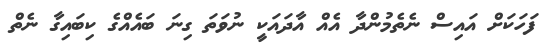
ފަހަކަށް އައިސް ނެތެމުންދާ އެއް އާދައަކީ ނުވަތަ ގިނަ ބައެއްގެ ކިބައިގާ ނެތް